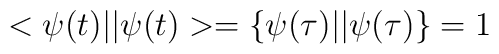
<\psi(t)||\psi(t)>=\{\psi(\tau)||\psi(\tau)\}=1